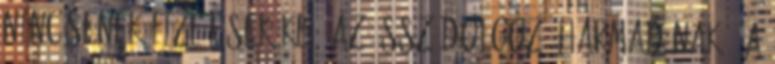
nincsenek fizetések kb. az össz dolgozó harmadának . A